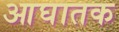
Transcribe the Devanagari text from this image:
आघातक